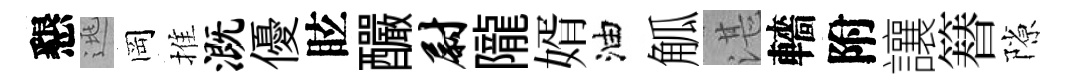
懇逃岡推溉優眩釅尉隴婿油觚湛轖附讓簮隙